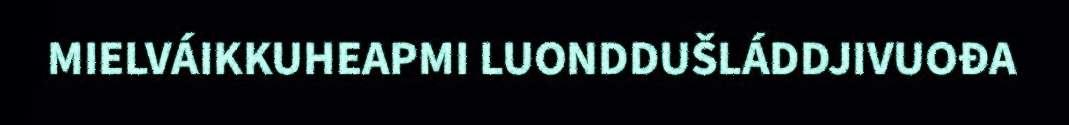
MIELVÁIKKUHEAPMI LUONDDUŠLÁDDJIVUOĐA